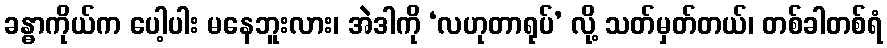
ခန္ဓာကိုယ်က ပေါ့ပါး မနေဘူးလား၊ အဲဒါကို ‘လဟုတာရုပ်’ လို့ သတ်မှတ်တယ်၊ တစ်ခါတစ်ရံ